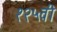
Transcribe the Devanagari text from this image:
१२५वी